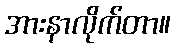
အားနာလိုက်တာ။